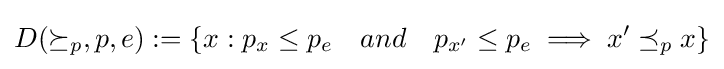
D(\succeq _{p},p,e):=\{x:p_{x}\leq p_{e}~~~and~~~p_{x'}\leq p_{e}\implies x'\preceq _{p}x\}